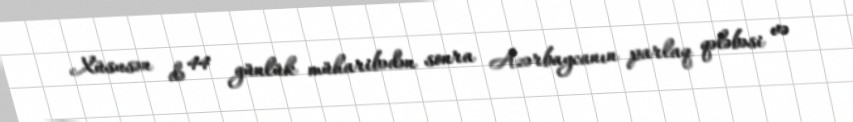
Xüsusən də 44 günlük müharibədən sonra Azərbaycanın parlaq qələbəsi və